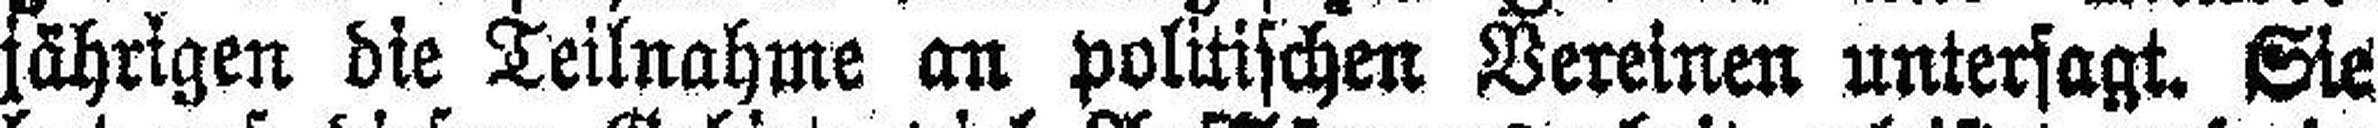
jährigen die Teilnahme an politischen Vereinen untersagt. Sie